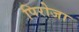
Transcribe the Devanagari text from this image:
पिरोजा